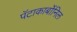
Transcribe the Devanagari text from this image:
पॅटाकार्बोनिल